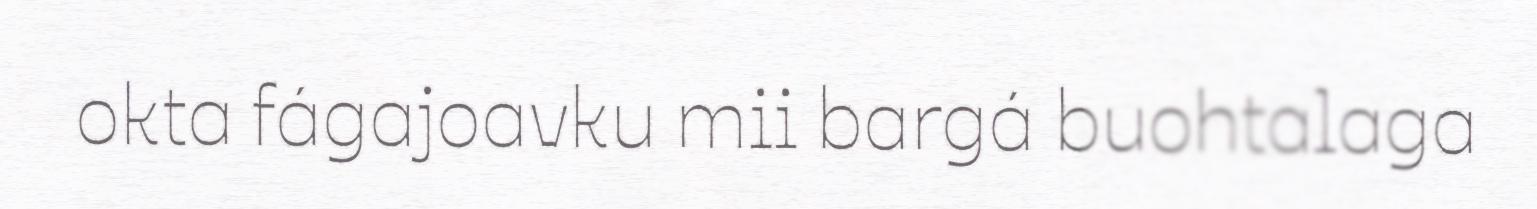
okta fágajoavku mii bargá buohtalaga